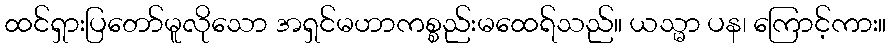
ထင်ရှားပြတော်မူလိုသော အရှင်မဟာကစ္စည်းမထေရ်သည်။ ယသ္မာ ပန၊ ကြောင့်ကား။